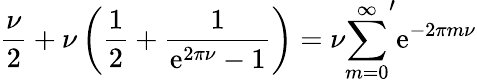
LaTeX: \frac{\nu}{2}+\nu\left(\frac{1}{2}+\frac{1}{\mathrm{e}^{2\pi\nu}-1}\right)=\nu{\sum_{m=0}^{\infty}}^{\prime}\mathrm{e}^{-2\pi m\nu}